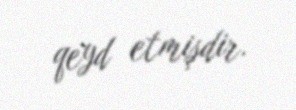
qeyd etmişdir.